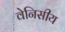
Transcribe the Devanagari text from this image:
वेनिसीय